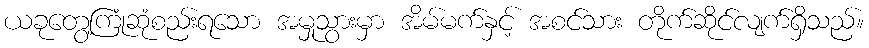
ယခုတွေ့ကြုံဆုံစည်းရသော အမှုသွားမှာ အိမ်မက်နှင့် အစင်သား တိုက်ဆိုင်လျက်ရှိသည်။